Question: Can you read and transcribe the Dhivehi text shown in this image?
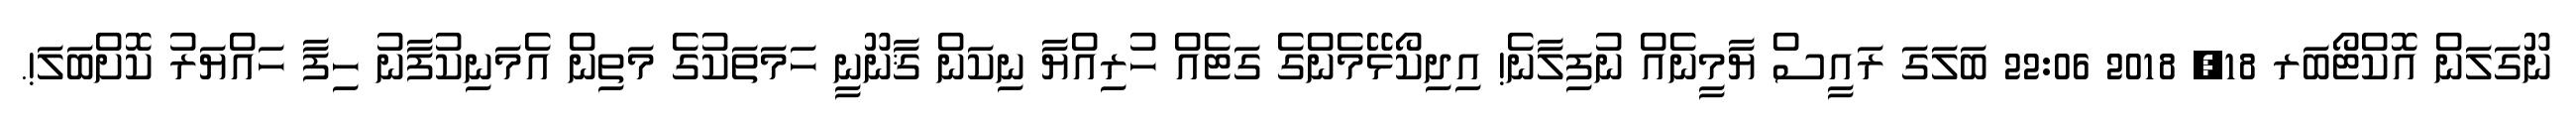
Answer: ނޫގަލަން އޮކްޓޯބަރ 18, 2018 22:06 ބަލަގަ ރައީސް ޔާމީނެއް ނުފިލާނެ! އިދިކޯޅޭމެންގެ ގަޓެއް ހުރިއްޔާ ނިކަން ޤާނޫނީ ހަމަތަކުގެ މަތިން އެމަނިކުފާނު ހިފާ ހައްޔަރު ކޮށްބަލަ!.